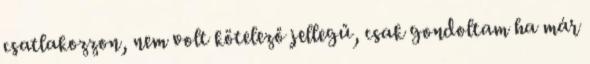
csatlakozzon, nem volt kötelező jellegű, csak gondoltam ha már